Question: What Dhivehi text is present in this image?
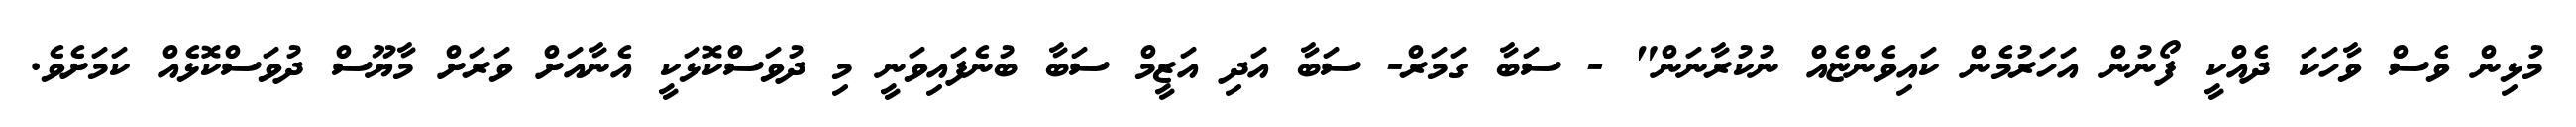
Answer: މުޅިން ވެސް ވާހަކަ ދެއްކީ ފޯނުން އަހަރުމެން ކައިވެންޏެއް ނުކުރާނަން" - ސަބާ ގަމަރް- ސަބާ އަދި އަޒީމް ސަބާ ބުނެފައިވަނީ މި ދުވަސްކޮޅަކީ އެނާއަށް ވަރަށް މާޔޫސް ދުވަސްކޮޅެއް ކަމަށެވެ.